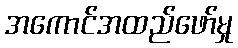
အကောင်အထည်ဖော်မှု